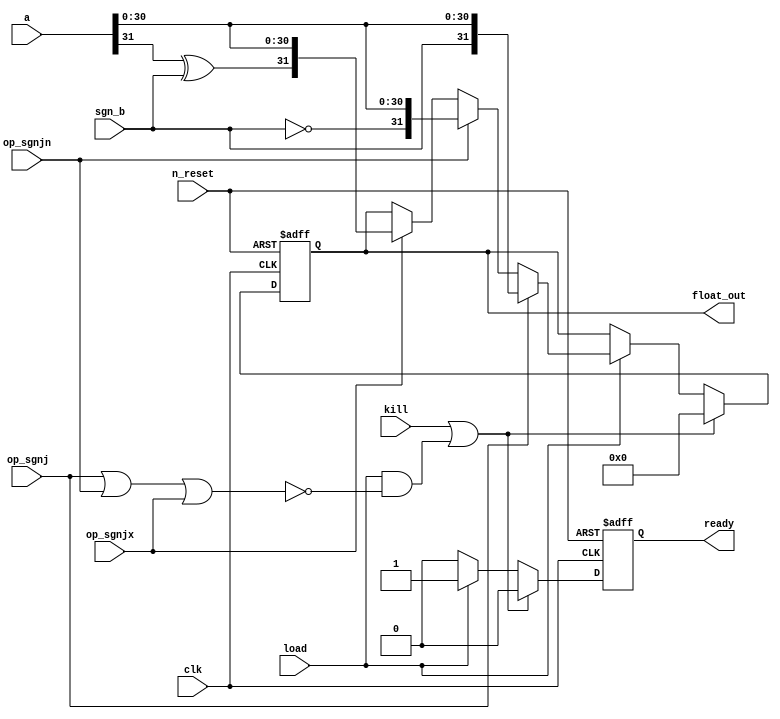
module airi5c_sign_modifier
(
    input               clk,
    input               n_reset,
    input               kill,
    input               load,
    
    input               op_sgnj,
    input               op_sgnjn,
    input               op_sgnjx,

    input   [31:0]      a,
    input               sgn_b,
    
    output  reg [31:0]  float_out,
    
    output  reg         ready
);
    
    wire    sgn_a;
    assign  sgn_a = a[31];

    always @(posedge clk, negedge n_reset) begin
        if (!n_reset) begin
            float_out   <= 32'h00000000;
            ready       <= 1'b0;
        end
        
        else if (kill || (load && !(op_sgnj || op_sgnjn || op_sgnjx))) begin
            float_out   <= 32'h00000000;
            ready       <= 1'b0;
        end
        
        else if (load) begin
            if (op_sgnj)
                float_out <= {sgn_b, a[30:0]};
            
            else if (op_sgnjn)
                float_out <= {!sgn_b, a[30:0]};
            
            else if (op_sgnjx)
                float_out <= {sgn_a ^ sgn_b, a[30:0]};
                
            ready   <= 1'b1;
        end
        
        else
            ready   <= 1'b0;
    end

endmodule